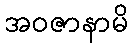
အဝဇာနာမိ